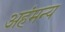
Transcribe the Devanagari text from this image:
अहंमन्य